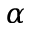
\alpha